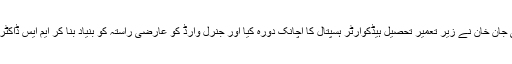
گزشتہ روز سیکرٹری ہیلتھ پنجاب علی جان خان نے زیر تعمیر تحصیل ہیڈکوارٹر ہسپتال کا اچانک دورہ کیا اور جنرل وارڈ کو عارضی راستہ کو بنیاد بنا کر ایم ایس ڈاکٹر الطاف حسین چوہدری کا تبادلہ کر دیا۔